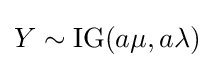
Y\sim \operatorname {IG} (a\mu ,a\lambda )